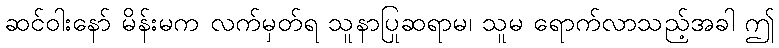
ဆင်ဝါးနော် မိန်းမက လက်မှတ်ရ သူနာပြုဆရာမ၊ သူမ ရောက်လာသည့်အခါ ဤ